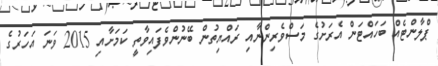
ޕްލާންޓެއް ބަހައްޓަން އެރަށުގެ މަސްވެރިންނާއި ރައްޔިތުން ބޭނުންވެފައިވާތީ ކަމަށާއި 2015 ވަނަ އަހަރުގެ